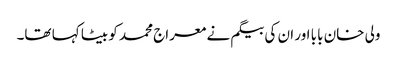
ولی خان بابا اور ان کی بیگم نے معراج محمد کو بیٹا کہا تھا۔